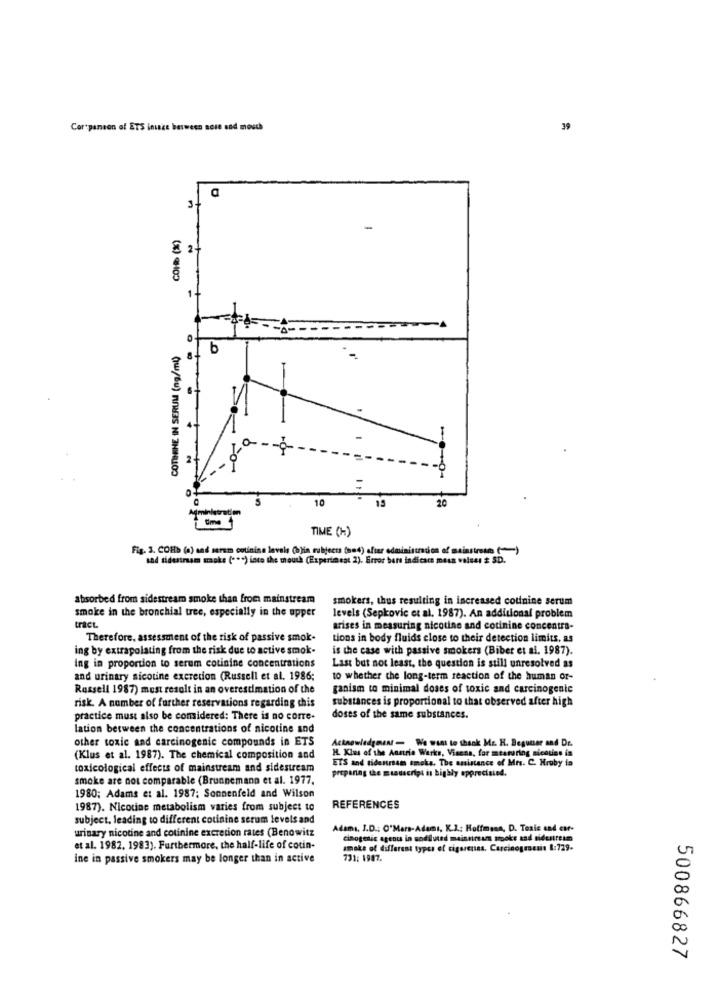
Cor panson of ETS inice berween nose and mouth
39
a
3+
COLD (%)
2.
1
COTININE IN SERUM (ng/ml)
b
10-+0-
=
10
20
Administration
15
1 time 1
TIME (H)
Fig. 3. COM> (a) and serem cotinina lavala (b)in subjects (med) dur adminisno ds -)
snd sidestream smoke ( *** ) into the mouth (Experiment 2). Error bars indicar meus
# SD.
absorbed from sidestream smoke than from mainstream
smokers, thus resulting in increased cotinine serum
smoke in the bronchial tree, especially in the upper
levels (Sepkovic et al. 1987). An additional problem
traCL
arises in measuring nicotine and cotinine concentra-
Therefore, assessment of the risk of passive smok-
tions in body fluids close to their detection limits, as
ing by extrapolating from the risk due to active smok-
is the case with passive smokers (Biber et al. 1987).
ing in proportion to serum cotinine concentrations
Last but not least, the question is still unresolved as
and urinary nicotine excretion (Russell et al. 1986;
to whether the long-term reaction of the human of-
Russell 1987) must result in an overestimation of the
ganism to minimal doses of toxic and carcinogenic
substances is proportional to that observed after high
risk. A number of further reservations regarding this
practice must also be considered: There is no corre-
doses of the same substances.
lation between the concentrations of nicotine and
other toxic and carcinogenic compounds in ETS
Acknowledgment - We want to thank Mr. H. Begunser and Dr.
HL. Klus of the Anerie Werks, Visena, for measuring alcouas in
(Klus et al. 1987). The chemical composition and
ETS and tideniriam smoke, The assistance of Mrs. C. Hruby is
toxicological effects of mainstream and sidestream
preparing the mustscript is highly appreciated.
smoke are not comparable (Brunnemann et al. 1977.
1980; Adams et al. 1987; Sonnenfeld and Wilson
1987). Nicotine metabolism varies from subject to
REFERENCES
subject, leading to different cotinine serum levels and
urinary nicotine and cotinine excretion rates (Benowitz
Adams, J.D .: O'Mars-Adamı, K.J .: Hoffmann, D. Toxic and ear-
cinogenic agents in sodiluted maistireurs sooke and sidesttesm
et al. 1982. 1983). Furthermore, the half-life of cotin-
smoke of different types of cigarenas. Carcinogenesis 1:729-
ine in passive smokers may be longer than in active
731: 1987.
500866827